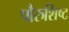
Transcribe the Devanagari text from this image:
पौरुशिष्ट